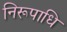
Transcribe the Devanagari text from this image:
निरूपाधि